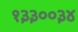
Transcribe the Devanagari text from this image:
१३३००३४